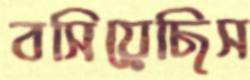
বসিয়েছিস